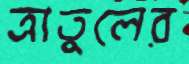
ত্রাতুলের